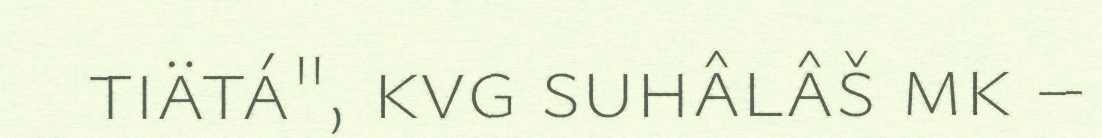
tiätá", kvg suhâlâš mk –